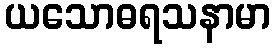
ယသောဓရသနာမာ